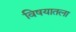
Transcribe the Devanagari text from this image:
विषयातला